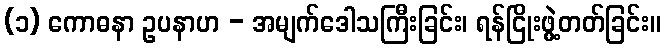
(၁) ကောဓနာ ဥပနာဟ - အမျက်ဒေါသကြီးခြင်း၊ ရန်ငြိုးဖွဲ့တတ်ခြင်း။